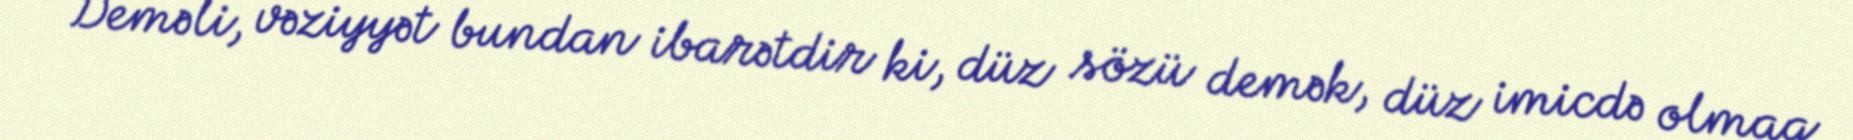
Deməli, vəziyyət bundan ibarətdir ki, düz sözü demək, düz imicdə olmaq